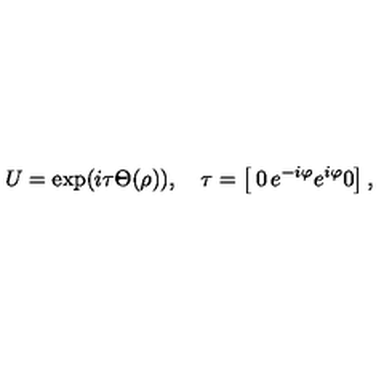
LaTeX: U = \exp ( i \tau \Theta ( \rho ) ) , \quad \tau = \left[ \begin{matrix} { 0 } & { e ^ { - i \varphi } } \\ { e ^ { i \varphi } } & { 0 } \\ \end{matrix} \right] ,